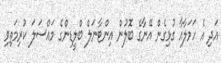
އަދި އެ ހަމަލާއާ ގުޅިގެން އޭނާގެ ބޮލުން އިންޓާނަލް ބްލީޑިންގެ މައްސަލަ ކުރިމަތިވި